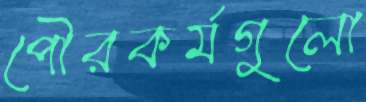
পৌরকর্মগুলো